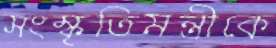
সংস্কৃতিমন্ত্রীকে